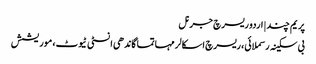
پریم چند | اردو ریسرچ جرنل
بی سکینہ رسملائی، ریسرچ اسکالر مہاتما گاندھی انسٹی ٹیوٹ، موریشش